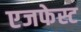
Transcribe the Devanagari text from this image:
एजफेस्ट